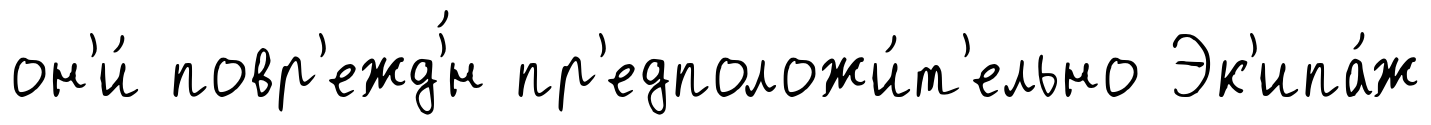
он'и́ повр'ежд'́н пр'едположи́т'ельно Эк'ипа́ж